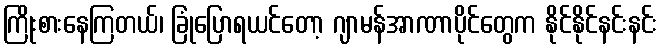
ကြိုးစားနေကြတယ်၊ ခြုံပြောရယင်တော့ ဂျာမန်အာဏာပိုင်တွေက နိုင်နိုင်နင်းနင်း